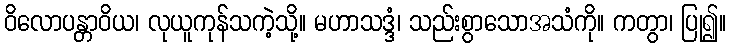
ဝိလောပန္တာဝိယ၊ လုယူကုန်သကဲ့သို့။ မဟာသဒ္ဒံ၊ သည်းစွာသောအသံကို။ ကတွာ၊ ပြု၍။